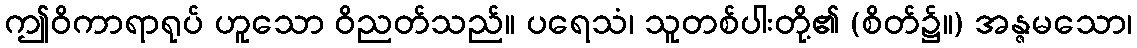
ဤဝိကာရာရုပ် ဟူသော ဝိညတ်သည်။ ပရေသံ၊ သူတစ်ပါးတို့၏ (စိတ်၌။) အန္ဇမသော၊